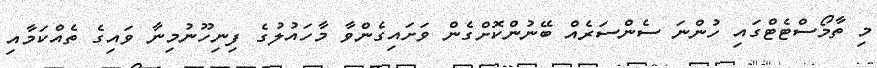
މި ތާމޯސްޓެޓްގައި ހުންނަ ސެންސަރެއް ބޭނުންކޮށްގެން ވަށައިގެންވާ މާހައުލުގެ ފިނިހޫނުމިނާ ވައިގެ ތެއްކަމާއި